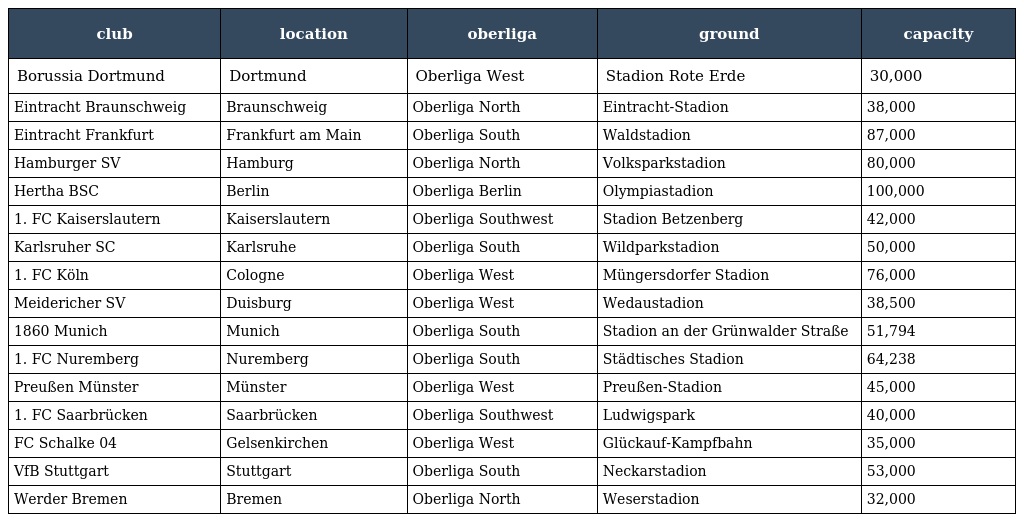
| club | location | oberliga | ground | capacity |
 | --- | --- | --- | --- | --- |
 | Borussia Dortmund | Dortmund | Oberliga West | Stadion Rote Erde | 30,000 |
 | Eintracht Braunschweig | Braunschweig | Oberliga North | Eintracht-Stadion | 38,000 |
 | Eintracht Frankfurt | Frankfurt am Main | Oberliga South | Waldstadion | 87,000 |
 | Hamburger SV | Hamburg | Oberliga North | Volksparkstadion | 80,000 |
 | Hertha BSC | Berlin | Oberliga Berlin | Olympiastadion | 100,000 |
 | 1. FC Kaiserslautern | Kaiserslautern | Oberliga Southwest | Stadion Betzenberg | 42,000 |
 | Karlsruher SC | Karlsruhe | Oberliga South | Wildparkstadion | 50,000 |
 | 1. FC Köln | Cologne | Oberliga West | Müngersdorfer Stadion | 76,000 |
 | Meidericher SV | Duisburg | Oberliga West | Wedaustadion | 38,500 |
 | 1860 Munich | Munich | Oberliga South | Stadion an der Grünwalder Straße | 51,794 |
 | 1. FC Nuremberg | Nuremberg | Oberliga South | Städtisches Stadion | 64,238 |
 | Preußen Münster | Münster | Oberliga West | Preußen-Stadion | 45,000 |
 | 1. FC Saarbrücken | Saarbrücken | Oberliga Southwest | Ludwigspark | 40,000 |
 | FC Schalke 04 | Gelsenkirchen | Oberliga West | Glückauf-Kampfbahn | 35,000 |
 | VfB Stuttgart | Stuttgart | Oberliga South | Neckarstadion | 53,000 |
 | Werder Bremen | Bremen | Oberliga North | Weserstadion | 32,000 |